Lunatic asylums Bombay report 1891-1903 - 1891-1903
Year: 1891
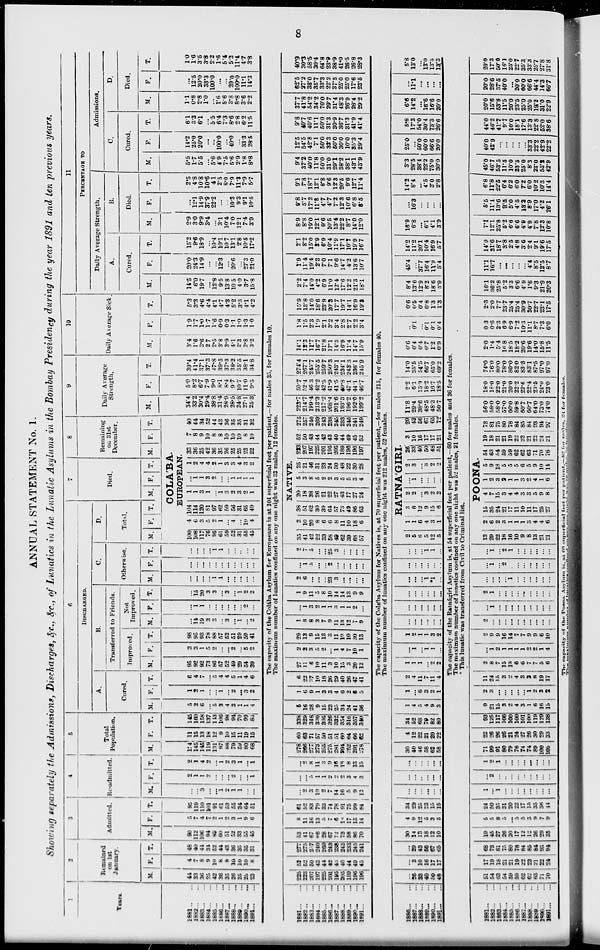
8
ANNUAL STATEMENT No. 1.
Showing separately the Admissions, Discharges, &c., &c., of Lunatics in the Lunatic Asylums in the Bombay Presidency during the year 1891 and ten previous years.
1
Years.
1881
...
...
1882
...
...
1883
...
...
1884
...
...
1885
...
...
1886
...
...
1887... ...
1888 ... ...
1889
...
...
1890 . . . ...
1891
...
...
2
Remained
on 1st
January.
M.
44
33
36
25
42
36
35
26
25
25
23
F.
4
7
8
9
10
8
8
10
10
10
8
T.
48
40
44
34
52
44
43
36
35
35
31
3
Admitted.
M.
90
112
106
94
89
60
51
52
33
55
45
F.
5
7
4
7
2
1
2
3
1
9
6
T.
95
119
110
101
91
61
53
55
34
64
51
4
Re-admitted.
M.
...
...
3
...
...
1
2
1
1
...
...
F.
2
1
1
2
...
...
...
2
...
...
1
T.
2
1
4
2
...
1
2
3 1
...
1
5
Total
Population.
M.
134
145
145
119
131
97
88
79
59
80
68
F.
11
15
13
18
12
9
10
15
11
19
15
T.
145
160
158
137
143
106
98
94
70
99
83
6
DISCHARGED.
A.
Cured.
M.
5
2
6
...
5
3
4
3
1
1
4
F.
1
2
1
...
...
1
...
2
...
3
2
T.
6
4
7
...
5
4
4
5
1
4
6
B.
Transferred to Friends.
Improved.
M.
95
92
92
73
86
57
52
49
29
54
39
F.
3
3
1
5
2
...
...
2
...
5
2
T.
98
95
93
78
88
57
52
51
29
59
41
Not
Improved.
M.
...
14
19
3
3
...
3
...
1
...
2
F.
...
1
1
...
...
...
...
...
...
2
...
T.
...
15
20
3
3
...
3
...
1
2
2
C.
Otherwise.
M.
...
...
...
...
1
1
...
...
...
...
...
F.
...
...
...
...
...
...
...
...
...
...
...
T.
...
...
...
...
1
1
...
...
...
...
...
D.
Total.
M.
100
108
117
76
95
61
59
52
31
55
45
F.
4
6
3
5
2
1
...
4
...
10
4
T.
7
Died.
M. F.
T.
8
Remaining
on 31st
December.
M.
COLÁBA.
EUROPEAN.
104
114
120
81
97
62
59
56
31
65
49
1
1
3
1
...
1
3
2
3
2
1
...
1
1
3
2
...
...
1
1
1
1
1
2
4
4
2
1
3
3
4
3
2
33
36
25
42
36
35
26
25
25
23
22
F.
7
8
9
10
8
8
10
10
10
8
10
T.
40
44
34
52
44
43
36
35
35
31
32
9
Daily Average
Strength.
M.
34.4
33.2
30.4
29.4
38.8
31.4
28.9
28.5
24.8
27.1
25.3
F.
5.0
8.2
6.7
7.9
9.0
8.1
8.4
9.7
10.7
11.0
9.5
T.
39.4
41.4
37.1
37.3
47.8
39.5
37.3
38.2
35.5
38.1
34.8
10
Daily Average Sick.
M.
3.4
1.6
3.6
2.7
2.5
3.8
3.9
4.1
2.3
2.8
3.2
F.
1.9
1.7
1.0
1.7
1.6
0.9
0.3
1.1
1.0
1.3
1.0
T.
5.3
3.3
4.6
4.4
4.1
4.7
4.3
5.2
3.3
4.1
4.2
11
PERCENTAGE TO
Daily Average Strength.
A.
Cured.
M.
14.5
6.0
19.7
...
12.8
9.5
13.8
10.5
4.0
3.7
158
F.
20.0
24.3
14.9
...
...
12.3
...
20.6
...
27.3
21.0
T.
15.2
9.6
18.9
...
10.4
10.1
10.7
13.1
2.8
10.5
17.2
B.
Died.
M.
2.9
3.0
9.9
3.4
...
3.1
10.4
7.0
12.1
7.4
3.9
F.
...
12.1
14.9
37.9
22.2
...
...
10.3
9.3
9.1
10.5
T.
2.5
4.8
10.8
10.6
4.1
2.5
8.0
7.9
11.3
7.9
5.7
Admissions.
C.
Cured.
M.
5.5
1.7
5.5
...
5.6
4.9
7.5
5.6
2.9
1.8
8.8
F.
14.2
25.0
20.0
...
...
100.0
...
40.0
...
33.3
28.5
T.
6.1
3.3
6.1
...
5.5
6.4
7.3
8.6
2.8
6.2
11.5
D.
Died.
M.
1.1
0.8
2.8
1.0
...
1.6
5.6
3.8
8.8
3.6
2.2
F.
...
12.5
20.0
33.3
100.0
...
...
20.0
100.0
11.1
14.3
T.
1.0
1.6
3.5
3.8
2.2
1.6
5.4
5.2
11.4
4.7
3.8
The capacity of the Colába Asylum for Europeans is at 104 superficial feet per patient,—for males 35, for females 10.
The maximum number of lunatics confined on any one night was 33 males, 12 females.
1881
...
...
1882
...
...
1883
...
...
1884
...
...
1885
...
...
1886 ... ...
1887
...
...
1888
...
...
1889
...
...
1890 . . . ...
1891
...
...
225
223
207
197
225
201
195
205
189
196
196
52
52
50
43
44
42
43
40
44
49
45
277
275
257
240
269
243
238
245
233
245
241
53
41
67
66
28
67
72
73
58
86
70
8
11
16
13
5
7
6
18
17
13
14
61
52
83
79
33
74
78
91
75
99
84
...
2
3
10
2
7
14
16
5
9
12
...
...
5
1
1
2
2
2
3
4
3
...
2
8
11
3
9
16
18
8
13
15
278
266
277
273
255
275
281
294
252
291
278
60
63
71
57
50
51
51
60
64
66
62
338
329
348
330
305
326
332
354
316
357
340
5
16
28
9
15
23
25
34
24
41
36
1
6
9
1
3
3
4
6
2
6
5
6
22
37
10
18
26
29
40
26
47
41
27
11
6
10
11
3
10
15
3
20
12
2
2
3
5
2
...
1
4
7
10
1
29
13
9
15
13
3
11
19
10
30
13
1
8
8
3
7
9
11
13
12
7
9
...
1
3
2
1
1
3
1
1
2
...
1
9
11
5
8
10
14
14
13
9
9
2
6
...
...
...
23
3
...
...
...
...
...
1
5
...
...
2
...
...
...
...
...
2
7
5
...
...
25
3
...
...
...
...
35
41
42
22
33
58
49
62
39
68
57
3
10
20
8
6
6
8
11
10
18
6
38
51
62
30
39
64
57
73
49
86
63
NATIVE.
20
18
38
26
21
22
27
43
17
27
24
5
3
8
5
2
2
3
5
5
3
4
25
21
46
31
23
24
30
48
22
30
28
223
207
197
225
201
195
205
189
196
196
197
52
50
43
44
42
43
40
44
49
45
52
275
257
240
269
243
238
245
233
245
241
249
223.7
214.7
199.4
213.3
217.2
208.4
201.6
193.3
196.2
192.0
199.2
50.7
52.4
46.3
42.2
42.5
41.9
41.5
40.8
47.1
44.1
46.7
274.4
267.1
245. 7
255.5
259.7
250.3
243.1
234.1
243.3
236.1
245.9
14.1
12.3
11.7
16.7
21.8
17.1
14.3
16.9
11.4
14.7
15.9
1.8
1.5
2.3
1.9
2.1
3.2
3.4
2.8
2.7
2.2
3.4
15.9
13.8
14.0
18.6
23.9
20.3
17.7
19.7
14.1
16.9
19.3
2.2
7.4
14.0
4.2
6.9
11.0
12.4
17.6
12.2
21.3
18.1
1.9
11.4
19.4
2.3
7.0
7.1
9.6
14.7
4.2
13.6
10.7
2.1
8.2
15.0
3.9
6.9
10.4
11.9
17.1
10.7
19.9
16.7
8.9
8.8
19.0
12.1
9.6
10.5
13.4
22.2
8.7
14.0
12.0
9.8
5.7
17.2
11.8
4.7
4.7
7.2
12.3
10.6
6.8
8.5
9.1
7.8
18.7
12.1
8.8
9.6
12.3
20.5
9.0
12.7
11.4
9.4
37.2
40.0
11.8
50.0
31.0
29.1
38.2
38.1
43.1
43.9
12.5
54.5
42.8
7.1
50.0
33.3
50.0
30.0
10.0
35.3
29.4
9.8
40.7
40.6
11.1
50.0
31.3
30.9
36.7
31.3
41.9
41.4
37.7
41.8
54.2
34.2
70.0
29.7
31.4
48.3
26.9
28.4
29.2
62.5
27.2
38.0
35.7
33.3
22.2
37.5
25.0
25.0
17.6
23.5
40.9
30.3
58.5
30.4
64.8
23.9
38.9
41.0
26.5
26.8
28.3
The capacity of the Colába Asylum for Natives is, at 70 superficial feet per patient,—for males 215, for females 40.
The maximum number of lunatics confined on any one night was 212 males, 52 females.
1886
...
...
1887...
...
1888 ... ...
1889 ... ...
1890
...
...
1891 ... ...
...
26
33
40
50
48
...
3
10
16
17
17
...
29
43
56
67
65
30
14
13
18
12
10
4
9
12
5
3
5
34
23
25
23
15
15
...
...
...
...
...
...
...
...
...
...
...
...
...
...
...
...
...
...
30
40
46
58
62
58
4
12
22
21
20
22
34
52
68
79
82
80
1
4
5
4
9
3
1
...
6
3
2
1
2
4
11
7
11
4
1
1
1
...
2
2
...
1
...
1
1
...
1
2
1
1
3
2
...
...
...
...
...
...
...
...
...
...
...
...
...
...
...
...
...
...
...
...
...
1
*1
...
...
...
...
...
...
...
...
...
...
1
1
...
2
5
6
5
12
5
1
1
6
4
3
1
RATNÁGIRI.
3
6
12
9
15
6
2
2
...
3
2
2
...
1
...
...
...
...
2
3
...
3
2
2
26
33
40
50
48
5l
3
10
16
17
17
21
29
43
56
67
65
72
11.8
29.4
38.6
48.5
48.3
50.7
2.2
6.1
15.9
18.2
16.7
18.5
14.0
35.5
54.5
66.7
65.0
69.2
0.6
0.4
0.4
0.7
1.2
0.9
...
0.1
...
0.1
0.1
0.4
0.6
0.5
0.4
0.8
1.3
1.3
8.4
13.6
12.9
8.2
18.6
5.9
45.4
...
37.7
16.4
11.9
5.4
14.2
11.2
20.1
10.4
16.9
5.7
16.9
6.8
...
6.1
4.1
3.9
...
16.3
...
...
...
...
14.2
8.4
...
4.5
3.0
2.8
3.3
28.5
38.4
22.2
75.0
30.0
25.0
...
50.0
60.0
66.6
20.0
5.8
17.3
54.0
30.4
73.3
26.6
6.6
14.2
...
16.6
16.6
20.0
...
11.1
...
...
...
...
5.8
13.0
...
13.0
13.3
13.3
The capacity of the Ratnágiri Asylum is, at 54 superficial feet per patient,—60 for males and 36 for females.
The maximum number of lunatics confined on any one night was 52 males, 21 females.
* This lunatic was transferred from Civil to Criminal list.
1881 ... ...
1882
...
...
1883
...
...
1884 ... ...
1885 ... ...
1886 ... ...
1887... ...
1888 ... ...
1889
...
...
1896
...
...
1891
...
...
51
54
63
54
59
59
62
62
63
71
70
17
19
18
21
21
19
22
23
21
22
24
68
73
81
75
80
78
84
85
84
93
94
19
45
27
26
20
17
12
12
26
29
35
5
5
8
5
...
5
5
3
9
7
9
24
50
35
31
20
22
17
15
35
36
44
1
...
1
...
...
...
...
...
...
...
...
...
2
...
...
...
...
...
...
...
...
...
1
2
1
...
...
...
...
...
...
...
...
71
99
91
80
79
76
74
74
89
100
105
22
26
26
26
21
24
27
26
30
29
33
93
125
117
106
100
100
101
100
119
129
138
9
21
15
3
2
4
3
1
6
16
15
2
3
...
...
...
...
...
1
2
3
2
11
24
15
3
2
4
3
2
8
19
17
2
8
7
15
13
6
6
7
7
5
6
...
1
2
1
1
1
1
2
2
1
4
2
9
9
16
14
7
7
9
9
6
10
2
...
...
...
...
...
...
...
...
...
...
...
1
...
...
...
...
...
...
...
...
...
2
1
...
...
...
...
...
...
...
...
...
...
...
...
...
1
...
...
...
...
...
...
...
1
...
2
...
...
...
...
...
...
...
...
1
...
2
1
...
...
...
...
...
...
13
29
22
18
16
10
9
8
13
21
21
2
6
2
3
1
1
1
3
4
4
6
15
35
24
21
17
11
10
11
17
25
27
POONA.
4
7
15
3
4
4
3
3
5
9
8
1
2
3
2
1
1
3
2
4
1
6
5
9
18
5
5
5
6
5
9
10
14
54
63
54
59
59
62
62
63
71
70
76
19
18
21
21
19
22
23
21
22
24
21
73
81
75
80
78
84
85
84
93
94
97
56.0
58.0
58.0
57.0
60.0
59.8
60.7
60.7
64.0
73.0
74.0
18.0
18.0
22.0
21.0
20.0
22.2
22.6
22.4
23.5
24.0
23.0
74.0
76.0
80.0
78.0
80.0
82.0
83.3
83.1
87.5
97.0
97.0
2.0
1.4
5.4
16.8
18.5
18.2
20.6
19.6
14.0
15.8
11.5
0.3
0.6
2.3
6.9
6.9
7.2
10.3
11.1
8.7
7.3
6.0
2.3
2.0
7.7
23.7
25.4
25.4
30.9
30.7
22.7
23.1
17.5
16.1
36.2
25.8
5.2
3.3
6.6
4.9
1.6
9.3
21.9
20.3
11.1
16.7
...
...
...
...
...
4.4
8.5
12.5
8.7
14.9
31.6
18.7
3.8
2.5
4.8
3.6
2.4
9.1
19.6
17.5
7.1
12.1
25.8
5.2
6.6
6.6
4.9
4.9
7.8
12.3
10.8
5.5
11.1
13.6
9.5
5.0
4.5
13.2
8.9
17.0
4.2
26.1
6.8
11.8
22.5
6.4
6.2
6.0
7.2
6.0
10.2
10.3
14.4
45.0
46.7
53.5
11.5
10.0
23.5
25.0
8.3
23.0
55.2
42.9
40.0
42.9
...
...
...
...
...
33.3
22.2
42.9
22.2
44.0
46.2
41.7
9.7
10.0
18.1
17.6
13.3
22.8
52.0
38.6
20.0
15.6
53.8
11.5
20.0
23.5
25.0
25.0
19.2
31.0
22.9
20.0
28.6
37.5
40.0
...
20.0
60.0
66.6
44.4
14.3
66.7
20.0
17.3
50.0
16.1
25.0
22.7
35.3
33.3
25.7
27.8
31.8
The capacity of the Poona Asylum is, at 60 superficial feet per patient,—82 for males, 24 for females.
The maximum number of lunatics confined on any one night was 70 males, 86 females.